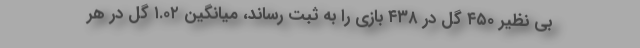
بی نظیر ۴۵۰ گل در ۴۳۸ بازی را به ثبت رساند، میانگین ۱.۰۲ گل در هر